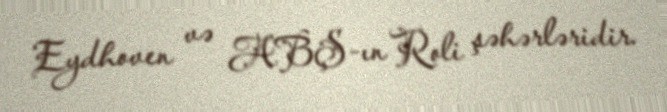
Eydhoven və ABŞ-ın Roli şəhərləridir.